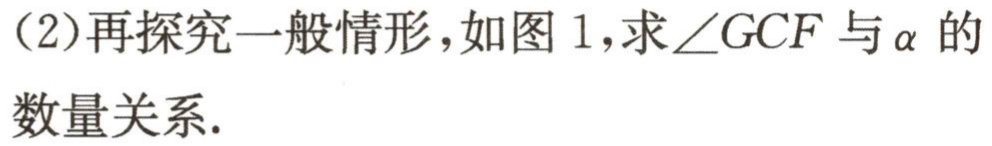
（2）再探究一般情形，如图 1，求\(\angle GCF\)与\(\alpha\)的数量关系.